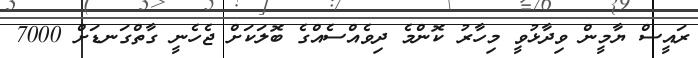
ރައީސް ޔާމީން ވިދާޅުވީ މިހާރު ކޮންމެ ދިވެއްސެއްގެ ބޮލަކަށް ޖެހެނީ ގާތްގަނޑަށް 7000